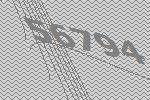
56794